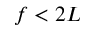
f < 2 L